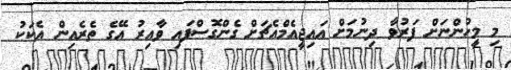
މި މީހުންނަށް ފަރުވާ ދިނުމަށް އައިޖީއެމްއެޗަށް ގެންގޮސްފައި ވާއިރު އޭގެ ތެރެެއިން އެކަކު